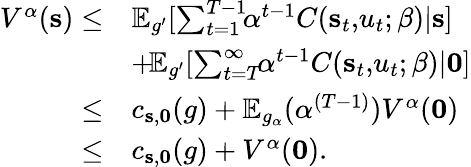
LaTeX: \begin{array}{rl}{V^{\alpha}(\mathbf{s})\leq}&{\mathbb{E}_{g^{\prime}}[\sum_{t=1}^{T-1}\! \! \alpha^{t-1}C(\mathbf{s}_{t},\! u_{t};\beta)|\mathbf{s}]}\\ &{+\! \mathbb{E}_{g^{\prime}}[\sum_{t=T}^{\infty}\! \! \alpha^{t-1}C(\mathbf{s}_{t},\! u_{t};\beta)|\mathbf{0}]}\\ {\leq}&{c_{\mathbf{s},\mathbf{0}}(g)+\mathbb{E}_{g_{\alpha}}(\alpha^{(T-1)})V^{\alpha}(\mathbf{0})}\\ {\leq}&{c_{\mathbf{s},\mathbf{0}}(g)+V^{\alpha}(\mathbf{0}).}\end{array}